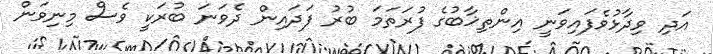
އަދި ވިދާޅުވެފައިވަނީ އިންތިޚާބުގެ ފުރަތަމަ ބުރު ފަދައިން ދެވަނަ ބުރަކީ ވެސް މިނިވަން